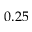
0 . 2 5